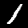
Label: 1